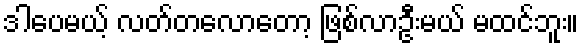
ဒါပေမယ့် လတ်တလောတော့ ဖြစ်လာဦးမယ် မထင်ဘူး။